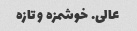
عالی. خوشمزه و تازه